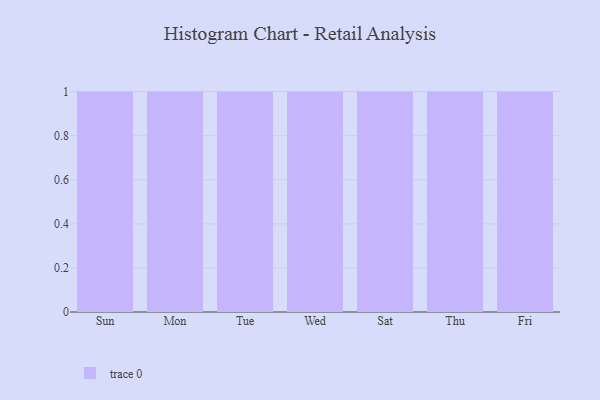
{"axis": {"x": "Day", "y": "Revenue (USD Million)"}, "legend": [""], "data": [{"x": "Sun", "y": 36, "type": ""}, {"x": "Mon", "y": 96, "type": ""}, {"x": "Tue", "y": 2, "type": ""}, {"x": "Wed", "y": 38, "type": ""}, {"x": "Sat", "y": 70, "type": ""}, {"x": "Thu", "y": 52, "type": ""}, {"x": "Fri", "y": 96, "type": ""}]}